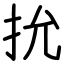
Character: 抁